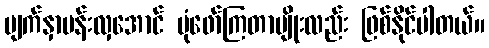
မျက်နှာပန်းလှအောင် ပုံဖော်ကြတာမျိုးလည်း ဖြစ်နိုင်ပါတယ်။